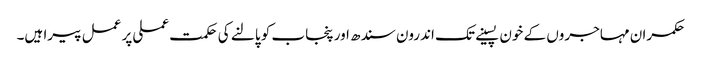
حکمران مہاجروں کے خون پسینے تک اندرون سندھ اور پنجاب کو پالنے کی حکمت عملی پر عمل پیرا ہیں۔